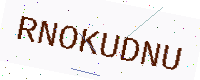
Text: RNOKUDNU